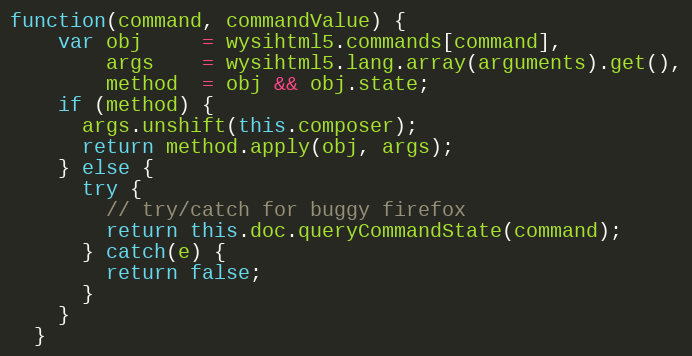
Language: JavaScript
function(command, commandValue) {
    var obj     = wysihtml5.commands[command],
        args    = wysihtml5.lang.array(arguments).get(),
        method  = obj && obj.state;
    if (method) {
      args.unshift(this.composer);
      return method.apply(obj, args);
    } else {
      try {
        // try/catch for buggy firefox
        return this.doc.queryCommandState(command);
      } catch(e) {
        return false;
      }
    }
  }